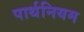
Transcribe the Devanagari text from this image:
पार्थनियम